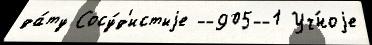
да́ту Сосу́д'истыjе --905--1 Уч́ноjе